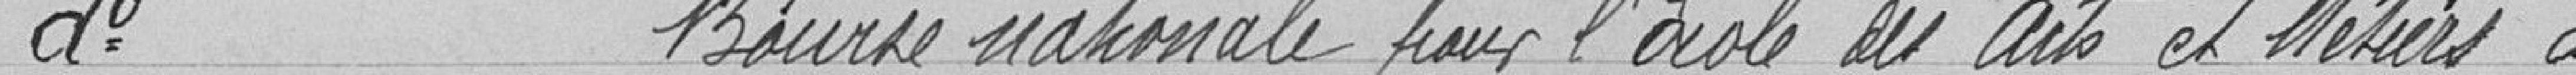
d°               Bourse nationale pour l'Ecole des arts et Métiers à